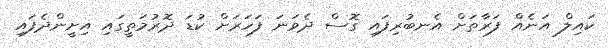
ކައިލް އަނެއް ފަރާތަށް އެނބުރިފައި ގޮސް ދެވަނަ ފަހަރަށް ކުޑަ ދޮރުމަތީގައި އިށީންދެފައި